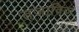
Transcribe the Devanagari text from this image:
तजाविज़